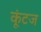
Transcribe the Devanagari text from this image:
कूंटज